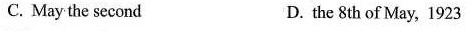
C. May the second D. the 8th of May, 1923